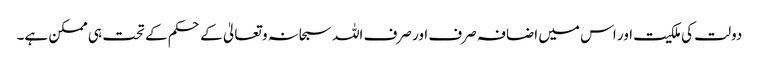
دولت کی ملکیت اور اس میں اضافہ صرف اور صرف اللہ سبحانہ و تعالیٰ کے حکم کے تحت ہی ممکن ہے۔